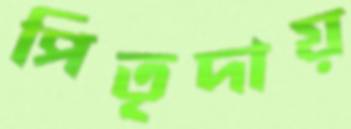
পিতৃদায়